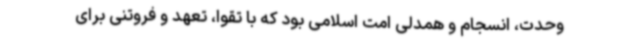
وحدت، انسجام و همدلی امت اسلامی بود که با تقوا، تعهد و فروتنی برای